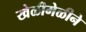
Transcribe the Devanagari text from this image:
खेळीमेळीने